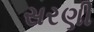
સરણી